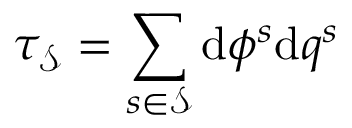
\tau _ { \mathcal { S } } = \sum _ { s \in \mathcal { S } } \mathrm { d } \phi ^ { s } \mathrm { d } q ^ { s }